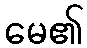
မေ၏